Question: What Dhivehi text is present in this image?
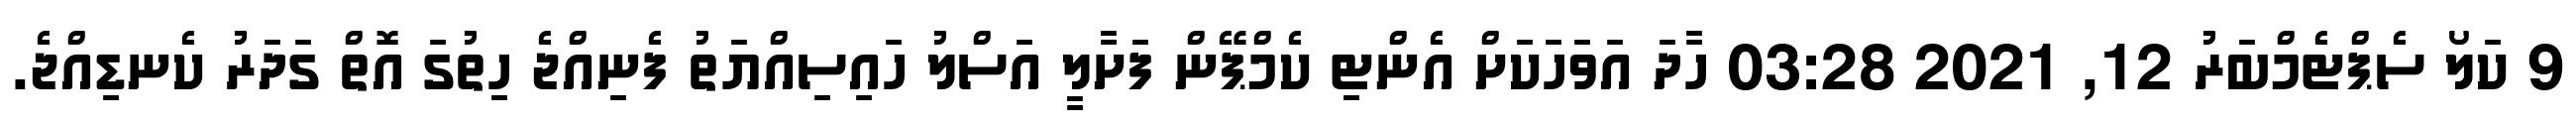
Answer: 9 ކަލޯ ސެޕްޓެމްބަރު 12, 2021 03:28 ހާދަ އަވަހަކަށް އެންޓި ކެމްޕޭން ފަށާލީ އަސްލު ހައިސިއްޔަތު ފެނިއްޖެ ހިތުގަ އޮތް ގަދަރު ކެނޑިއްޖެ.